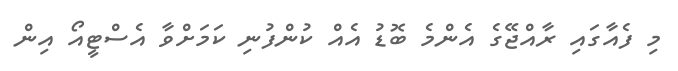
މި ފެއާގައި ރާއްޖޭގެ އެންމެ ބޮޑު އެއް ކުންފުނި ކަމަށްވާ އެސްޓީއޯ އިން